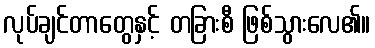
လုပ်ချင်တာတွေနှင့် တခြားစီ ဖြစ်သွားလေ၏။